Lunatic asylums in Bengal annual reports 1888-1898 - 1888-1898
Year: 1888
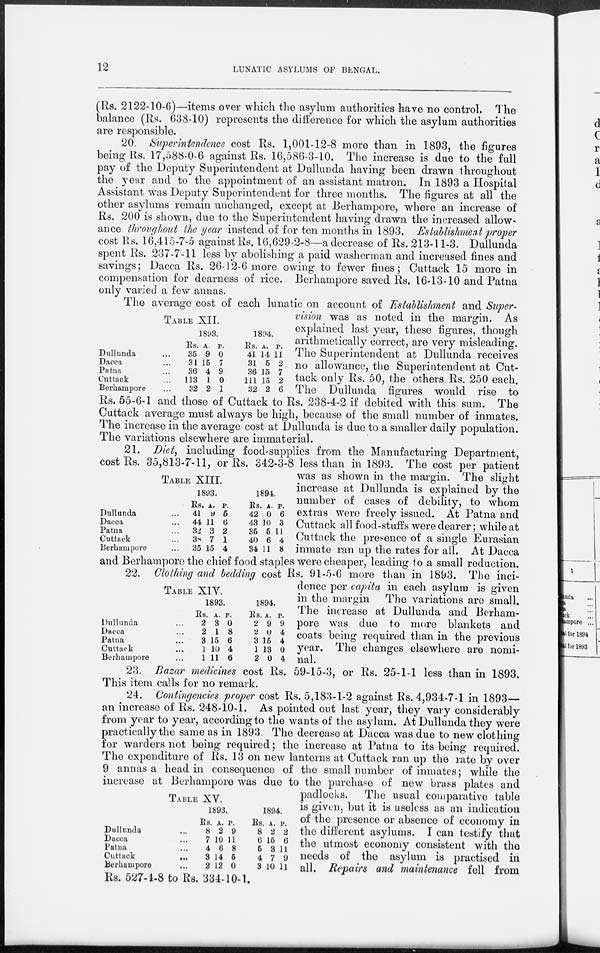
12
LUNATIC ASYLUMS OF BENGAL.
(Rs. 2122-10-6)—items over which the asylum authorities have no control. The
balance (Rs. 638-10) represents the difference for which the asylum authorities
are responsible.
20. Superintendence cost Rs. 1,001-12-8 more than in 1893, the figures
being Rs. 17,588-0-6 against Rs. 16,586-3-10. The increase is due to the full
pay of the Deputy Superintendent at Dullunda having been drawn throughout
the year and to the appointment of an assistant matron. In 1893 a Hospital
Assistant was Deputy Superintendent for three months. The figures at all the
other asylums remain unchanged, except at Berhampore, where an increase of
Rs. 200 is shown, due to the Superintendent having drawn the increased allow-
ance throughout the year instead of for ten months in 1893. Establishment proper
cost Rs. 16,415-7-5 against Rs. 16,629-2-8—a decrease of Rs. 213-11-3. Dullunda
spent Rs. 237-7-11 less by abolishing a paid washerman and increased fines and
savings; Dacca Rs. 26-12-6 more owing to fewer fines; Cuttack 15 more in
compensation for dearness of rice. Berhampore saved Rs. 16-13-10 and Patna
only varied a few annas.
TABLE XII.
Dullunda ...
Dacca ...
Patna ...
Cuttack ...
Berhampore ...
1893.
Rs.
35
31
36
113
32
A.
9
15
4
1
2
P.
0
7
9
0
1
1894.
Rs.
41
31
36
111
32
A.
14
5
15
15
2
P.
11
2
7
2
6
The average cost of each lunatic on account of Establishment and Super-
vision was as noted in the margin. As
explained last year, these figures, though
arithmetically correct, are very misleading.
The Superintendent at Dullunda receives
no allowance, the Superintendent at Cut-
tack only Rs. 50, the others Rs. 250 each.
The Dullunda figures would rise to
Rs. 55-6-1 and those of Cuttack to Rs. 238-4-2 if debited with this sum. The
Cuttack average must always be high, because of the small number of inmates.
The increase in the average cost at Dullunda is due to a smaller daily population.
The variations elsewhere are immaterial.
TABLE XIII.
Dullunda ...
Dacca ...
Patna ...
Cuttack ...
Berhampore ...
1893.
Rs.
41
44
32
38
35
A.
9
11
3
7
15
P.
5
6
2
1
4
1894.
Rs.
42
43
35
40
34
A.
0
10
5
6
11
P.
6
3
11
4
8
21. Diet, including food-supplies from the Manufacturing Department,
cost Rs. 35,813-7-11, or Rs. 342-3-8 less than in 1893. The cost per patient
was as shown in the margin. The slight
increase at Dullunda is explained by the
number of cases of debility, to whom
extras were freely issued. At Patna and
Cuttack all food-stuffs were dearer; while at
Cuttack the presence of a single Eurasian
inmate ran up the rates for all. At Dacca
and Berhampore the chief food staples were cheaper, leading to a small reduction.
TABLE XIV.
Dullunda ...
Dacca ...
Patna ...
Cuttack ...
Berhampore ...
1893.
Rs.
2
2
3
1
1
A.
3
1
15
10
11
P.
0
8
6
4
6
1894.
Rs.
2
2
3
1
2
A.
9
0
15
13
0
P.
9
4
4
0
4
22. Clothing and bedding cost Rs. 91-5-6 more than in 1893. The inci-
dence per capita in each asylum is given
in the margin
The variations are small.
The increase at Dullunda and Berham-
pore was due to more blankets and
coats being required than in the previous
year. The changes elsewhere are nomi-
nal.
23. Bazar medicines cost Rs. 59-15-3, or Rs. 25-1-1 less than in 1893.
This item calls for no remark.
TABLE XV.
Dullunda ...
Dacca ...
Patna ...
Cuttack
...
Berhampore ...
1893.
Rs.
8
7
4
3
2
A.
2
10
6
14
12
P.
9
11
8
5
0
1894.
Rs.
8
6
6
4
3
A.
2
15
3
7
10
P.
2
6
11
9
11
24. Contingencies proper cost Rs. 5,183-1-2 against Rs. 4,934-7-1 in 1893—
an increase of Rs. 248-10-1. As pointed out last year, they vary considerably
from year to year, according to the wants of the asylum. At Dullunda they were
practically the same as in 1893. The decrease at Dacca was due to new clothing
for warders not being required; the increase at Patna to its being required.
The expenditure of Rs. 13 on new lanterns at Cuttack ran up the rate by over
9 annas a head in consequence of the small number of inmates; while the
increase at Berhampore was due to the purchase of new brass plates and
padlocks.
The usual comparative table
is given, but it is useless as an indication
of the presence or absence of economy in
the different asylums. I can testify that
the utmost economy consistent with the
needs of the asylum is practised in
all. Repairs and maintenance fell from
Rs. 527-4-8 to Rs. 334-10-1.